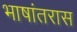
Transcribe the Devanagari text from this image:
भाषांतरास